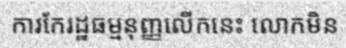
ការកែរដ្ឋធម្មនុញ្ញលើកនេះ លោកមិន